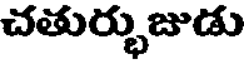
చతుర్భుజుడు